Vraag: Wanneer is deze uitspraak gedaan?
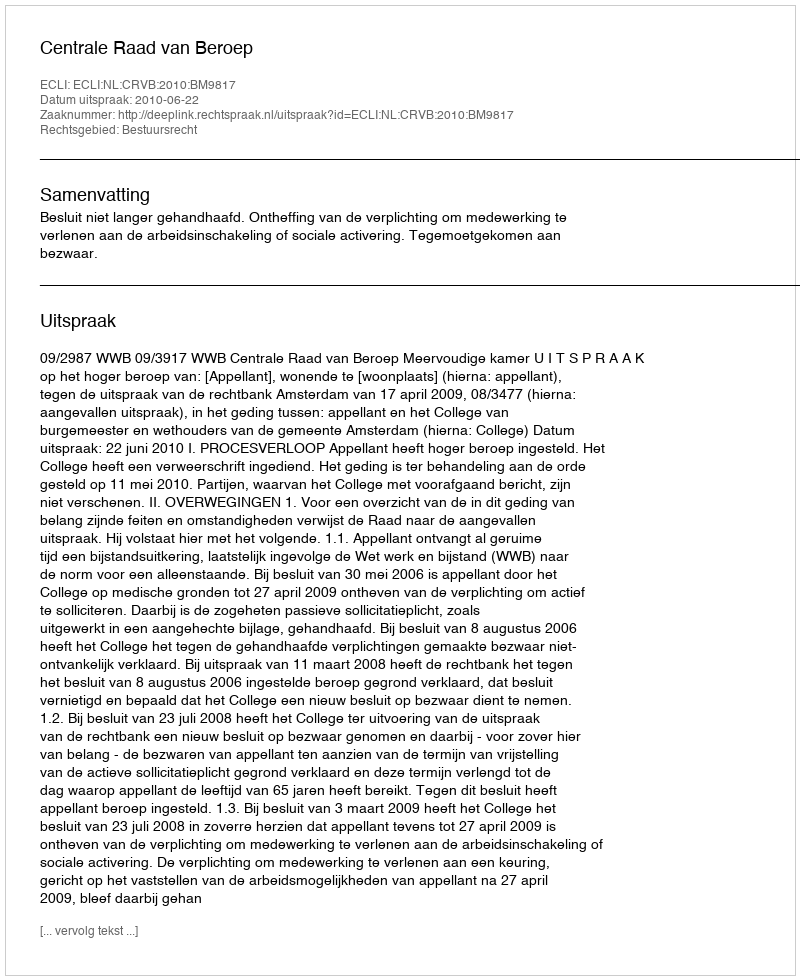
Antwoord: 2010-06-22